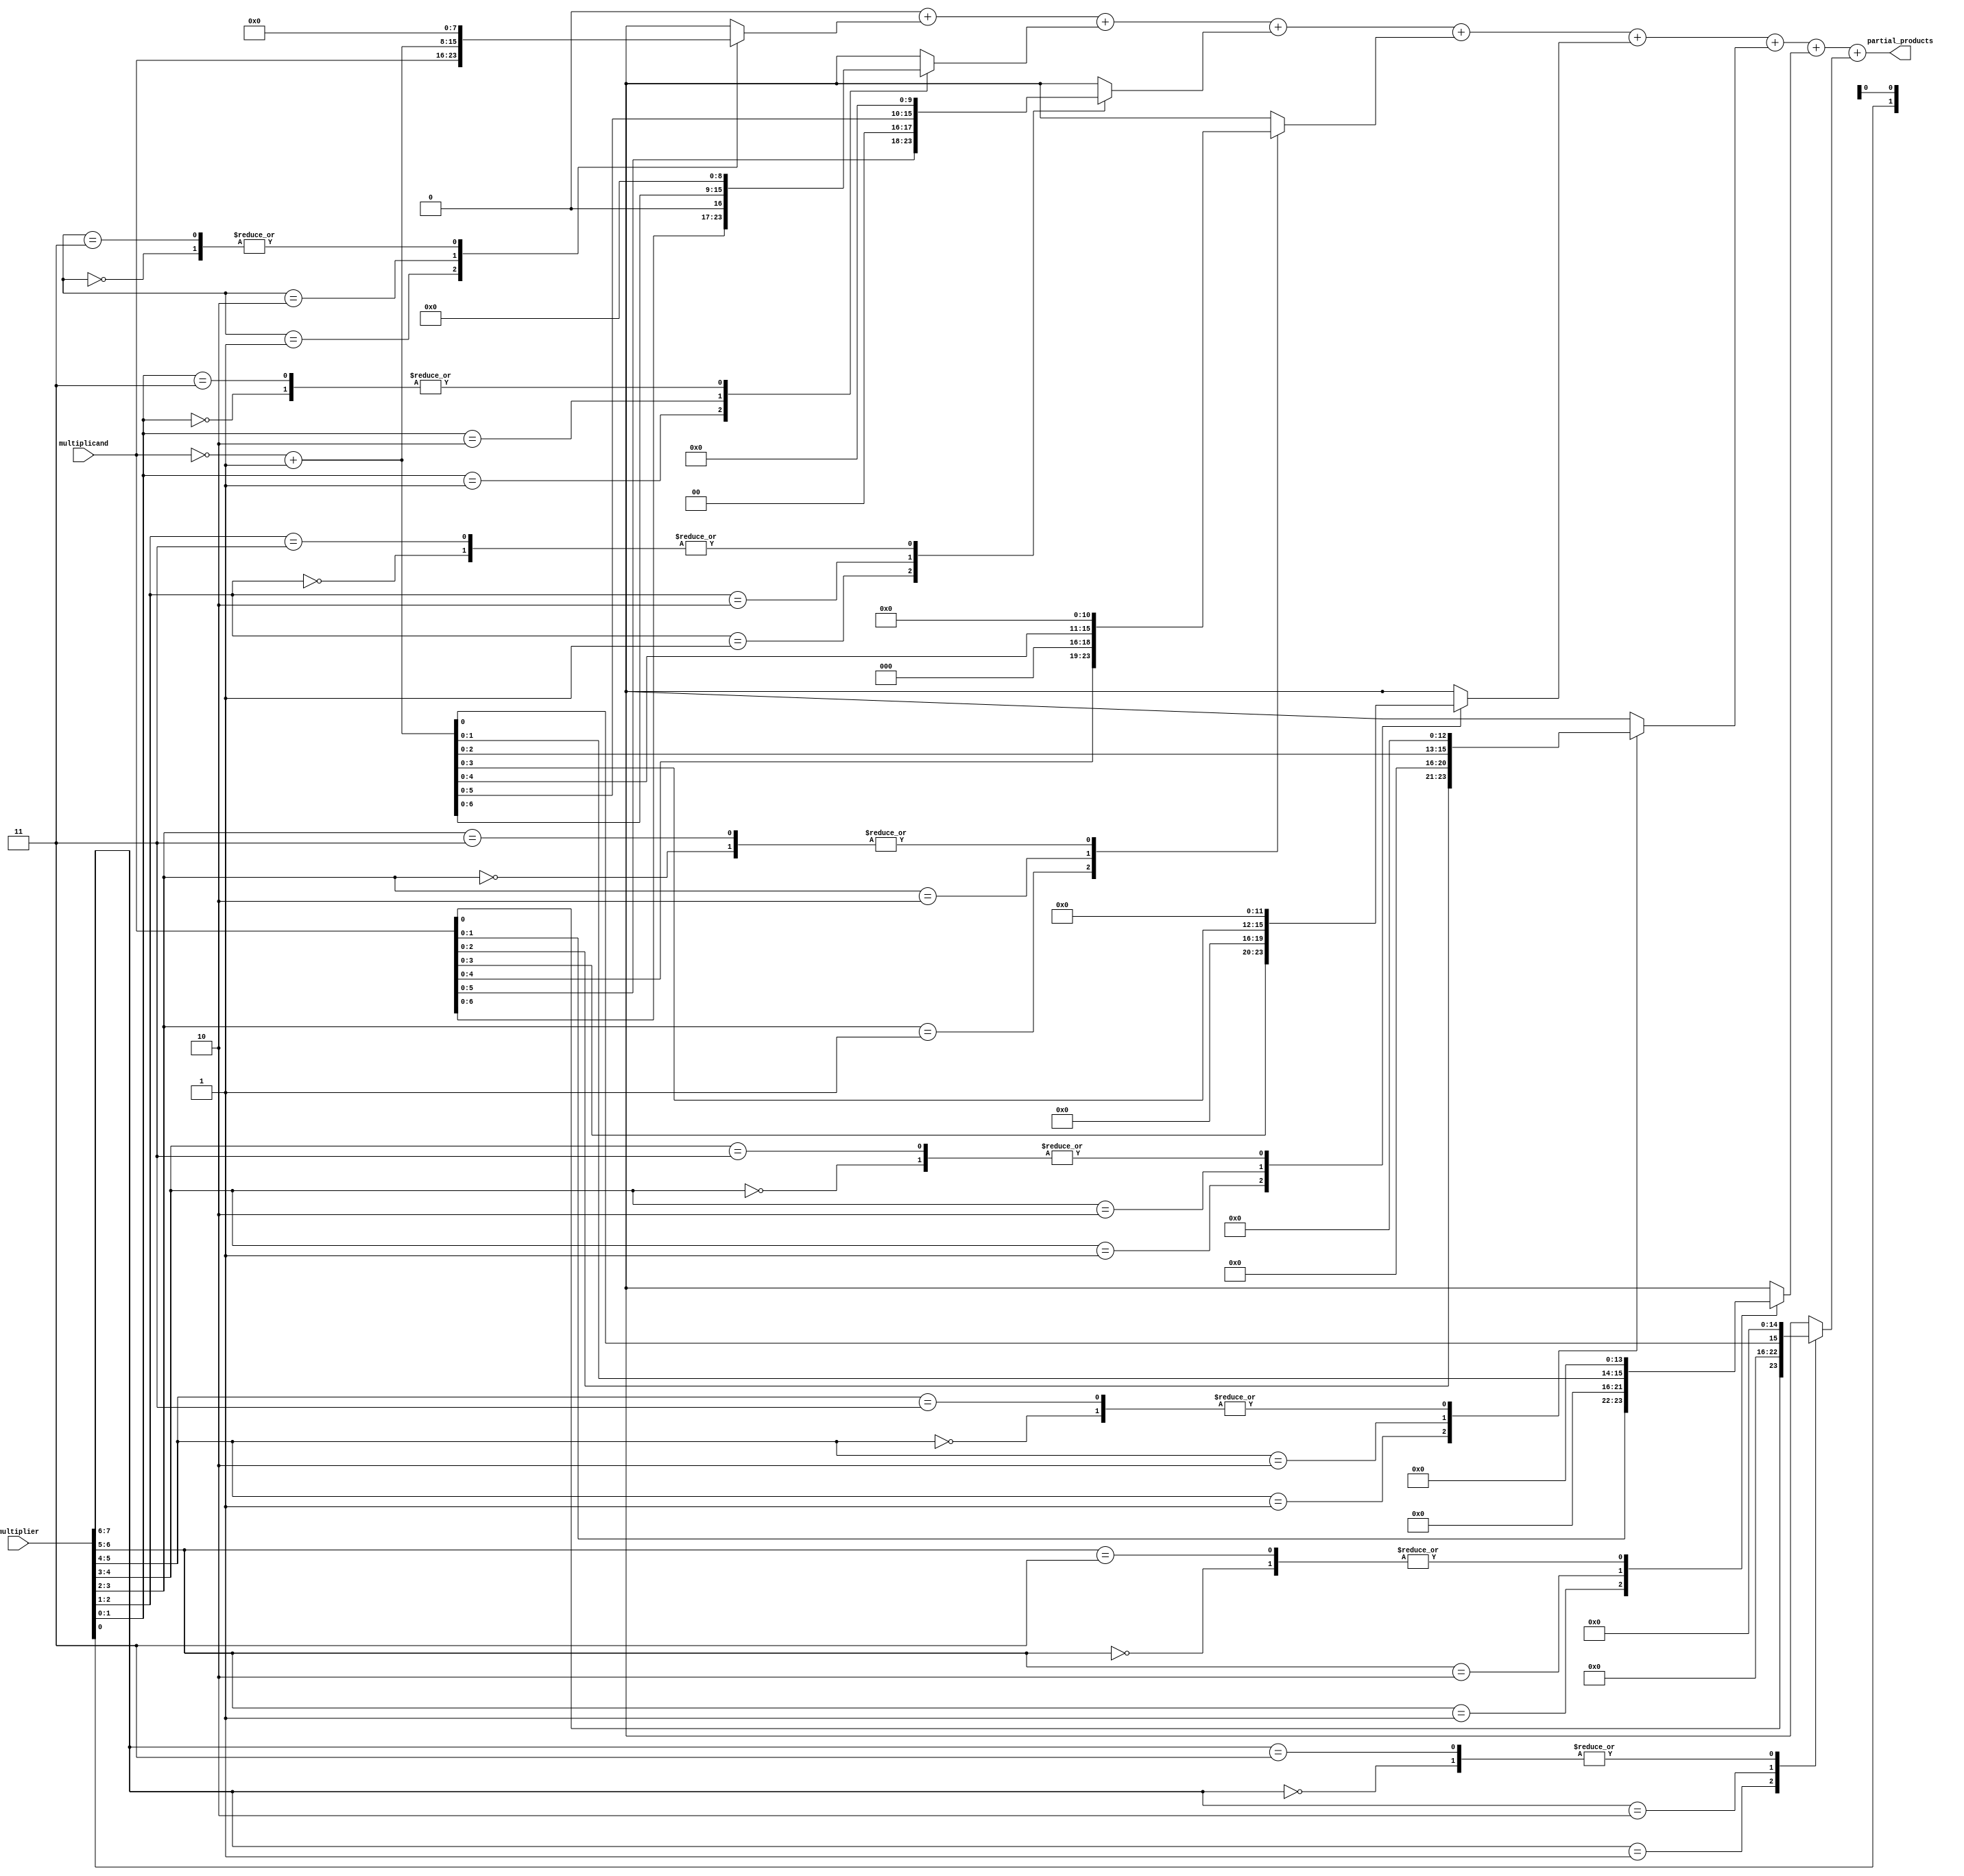
module booth_encoder(
    input signed [N-1:0] multiplicand,
    input signed [N-1:0] multiplier,
    output reg [N*2-1:0] partial_products
);
    parameter N = 8; // Bit-width of inputs

    integer i;
    reg [N-1:0] pp;

    always @(*) begin
        partial_products = 0; // Initialize partial products
        for (i = 0; i < N; i = i + 1) begin
            case ({multiplier[i], multiplier[i-1]})
                2'b00: pp = 0; // Do nothing
                2'b01: pp = multiplicand << i; // Add multiplicand
                2'b10: pp = ~multiplicand + 1'b1 << i; // Subtract multiplicand
                2'b11: pp = 0; // Do nothing
            endcase
            partial_products = partial_products + pp;
        end
    end
endmodule